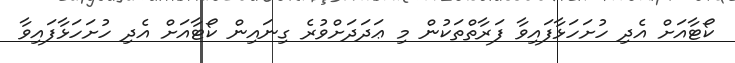
ކޯޓާއަށް އެދި ހުށަހަޅާފައިވާ ފަރާތްތަކުން މި ޢަދަދަށްވުރެ ގިނައިން ކޯޓާއަށް އެދި ހުށަހަޅާފައިވާ